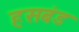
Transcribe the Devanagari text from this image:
हसबंड